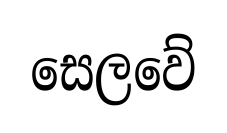
සෙලවේ